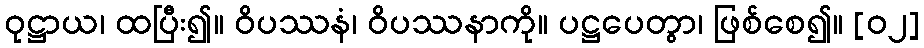
ဝုဋ္ဌာယ၊ ထပြီး၍။ ဝိပဿနံ၊ ဝိပဿနာကို။ ပဋ္ဌပေတွာ၊ ဖြစ်စေ၍။ [၀၂]